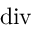
\operatorname { d i v }